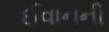
ઈવાનની